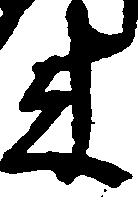
来